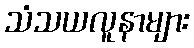
သံသယလူနာများ